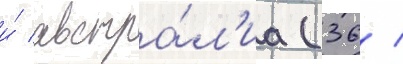
и́ австра́л'иа (36 /